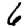
Digit: 6